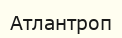
Атлантроп